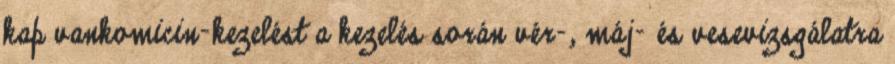
kap vankomicin-kezelést a kezelés során vér-, máj- és vesevizsgálatra